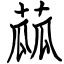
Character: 蓏